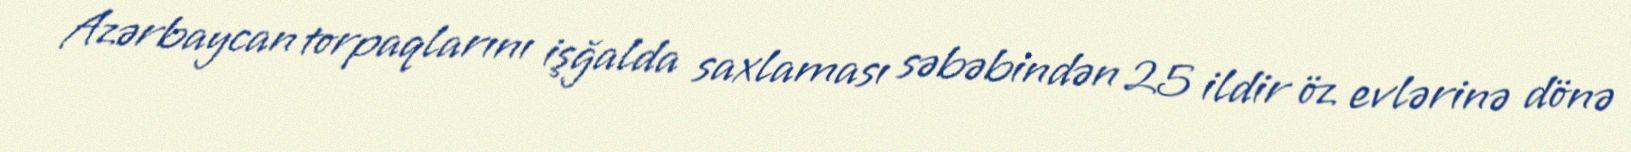
Azərbaycan torpaqlarını işğalda saxlaması səbəbindən 25 ildir öz evlərinə dönə